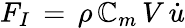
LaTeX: F_{I}\, =\, \rho\, \mathbb{C}_{m}\, V\, {\dot{{u}}}